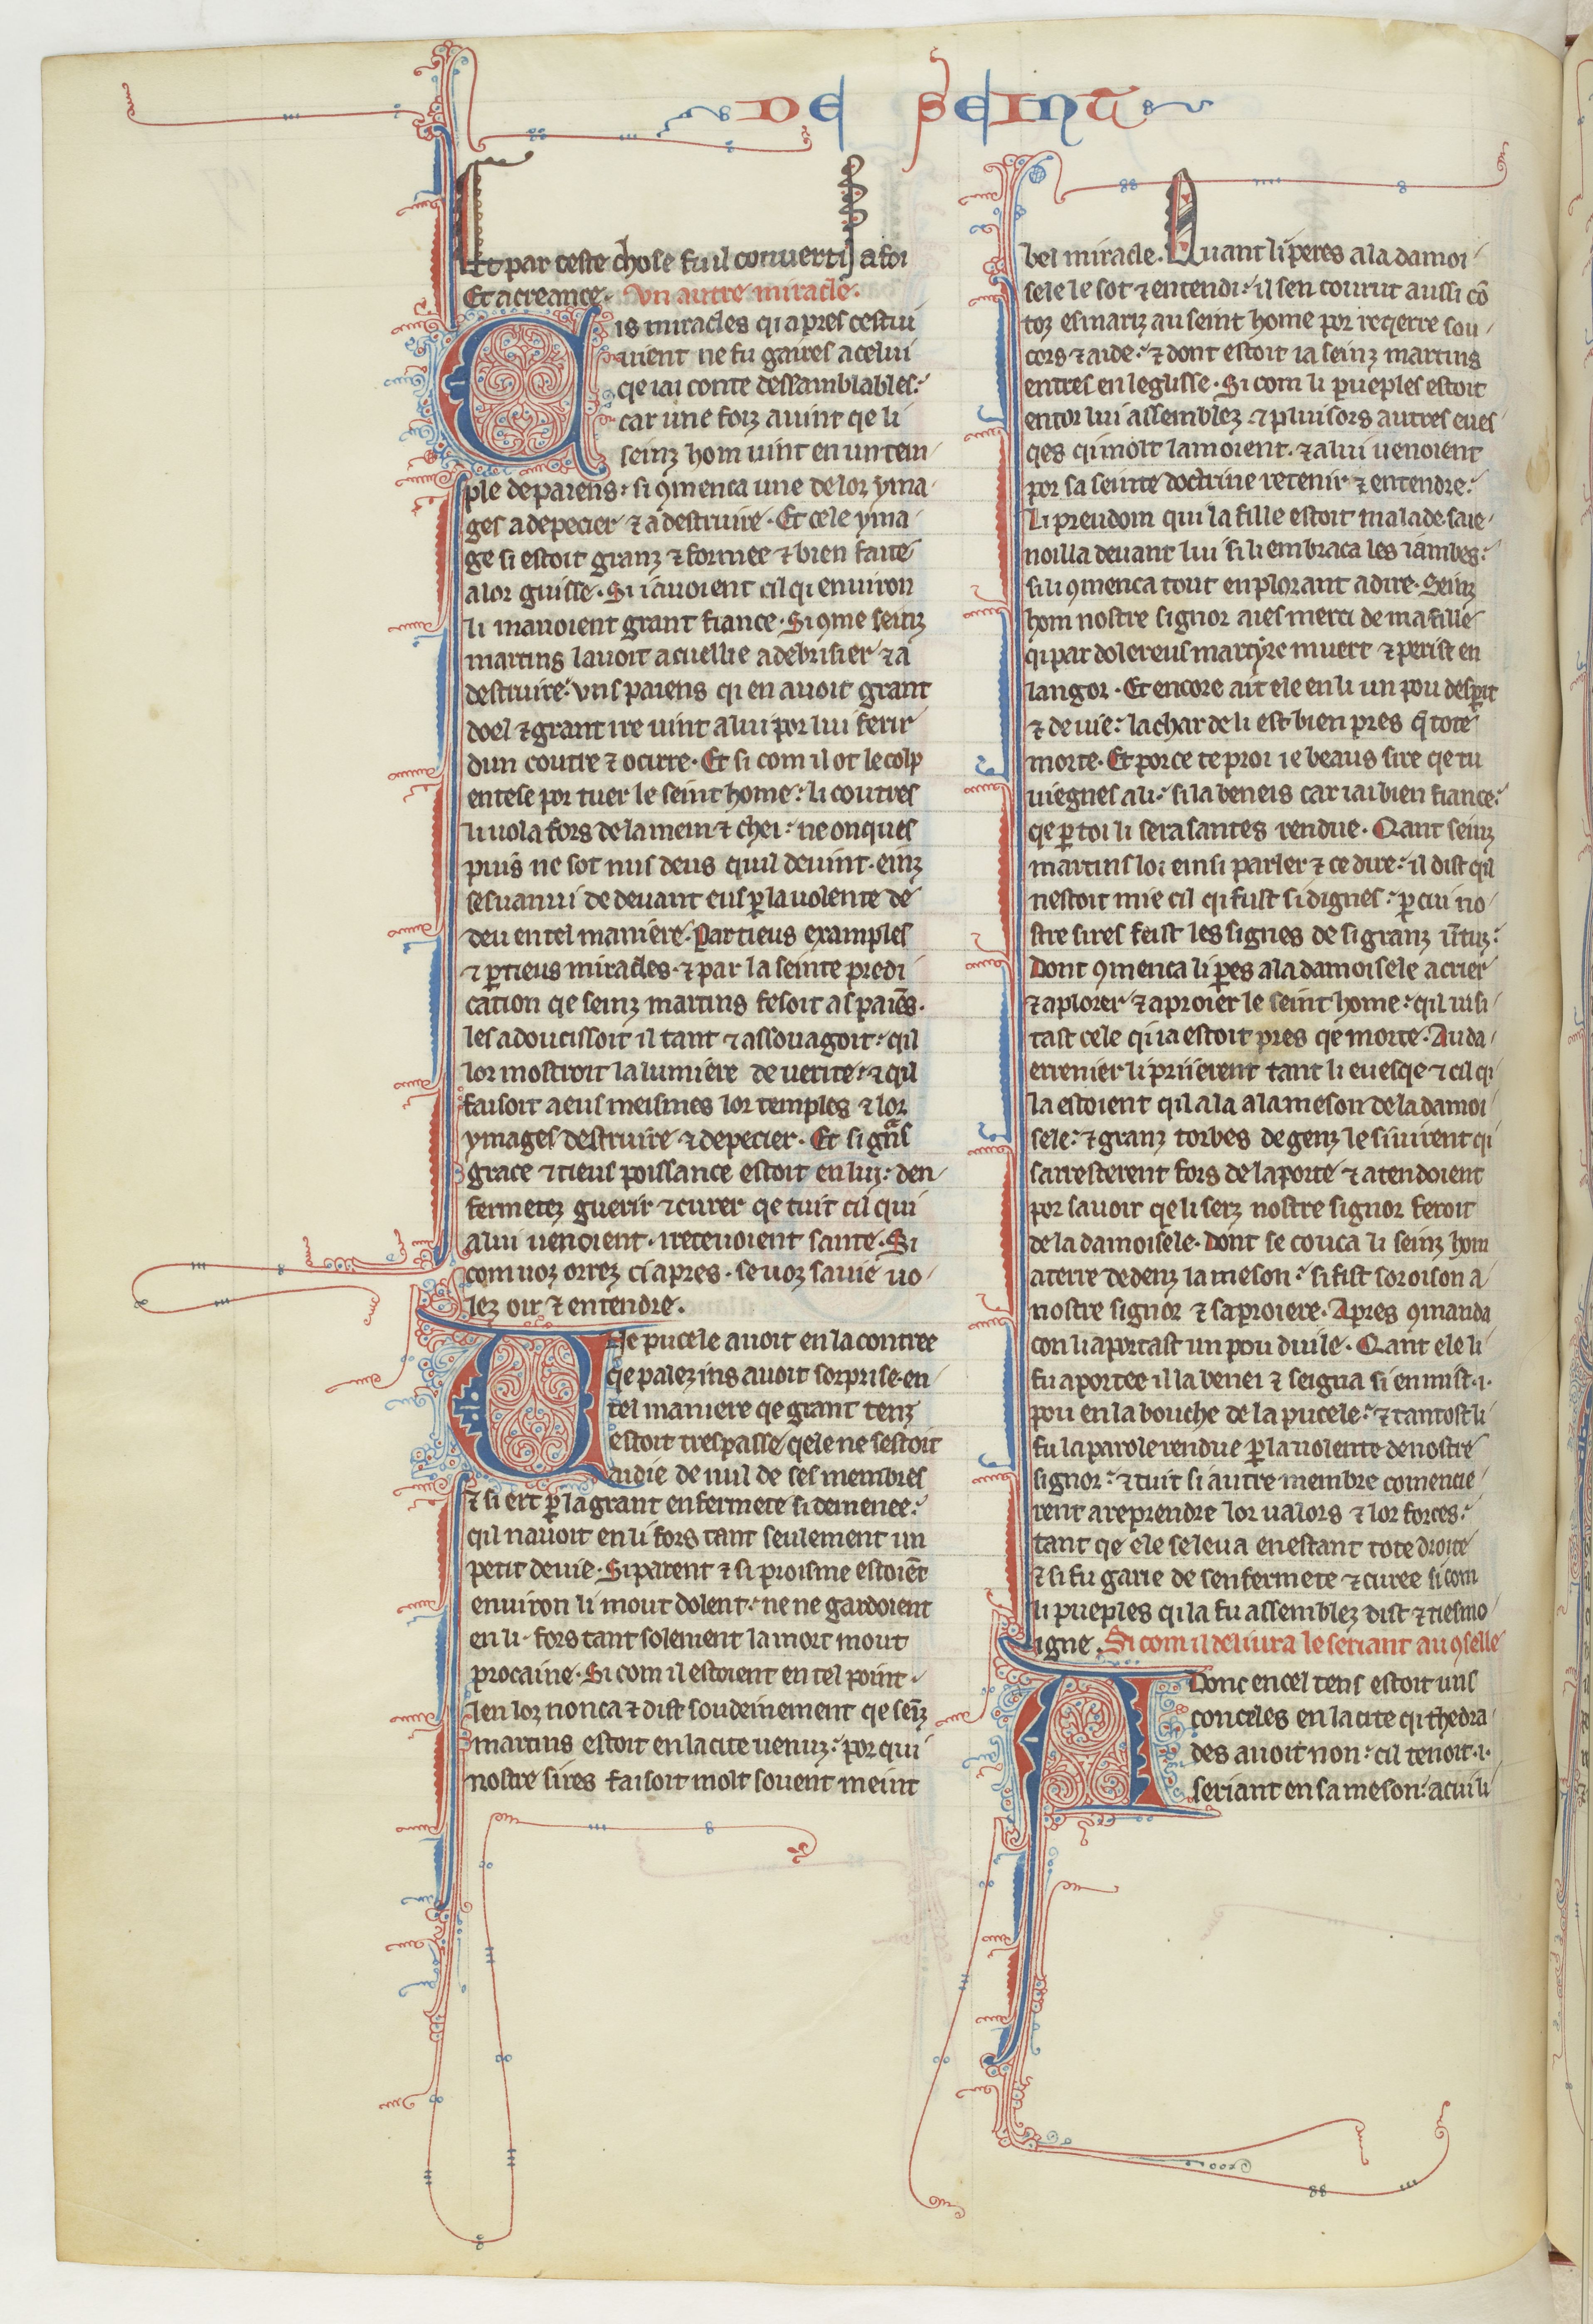
Shelfmark: Paris, BnF, fr. 412
Century: 13